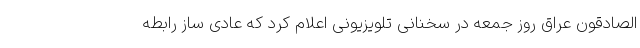
الصادقون عراق روز جمعه در سخنانی تلویزیونی اعلام کرد که عادی ساز رابطه